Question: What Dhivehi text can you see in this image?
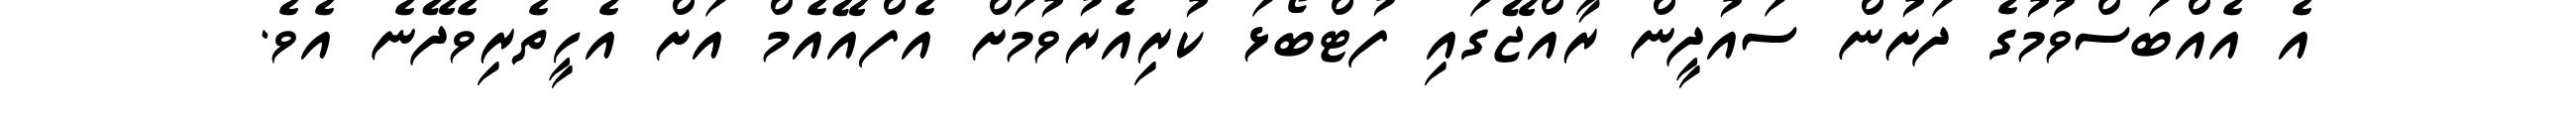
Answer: އެ އެއްބަސްވުމުގެ ދަށުން ސައުދީން ރާއްޖޭގައި ފުޓްބޯޅަ ކުރިއެރުވުމަށް އެފްއޭއެމް އަށް އެހީތެރިވެދޭނެ އެވެ.